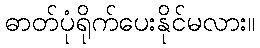
ဓာတ်ပုံရိုက်ပေးနိုင်မလား။